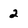
Character: 2